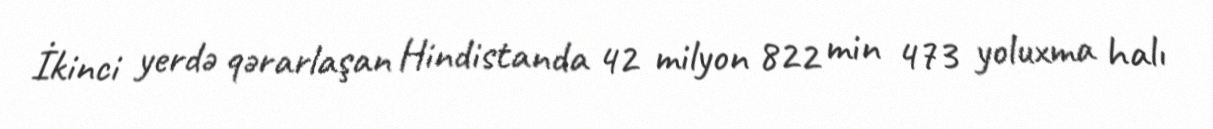
İkinci yerdə qərarlaşan Hindistanda 42 milyon 822 min 473 yoluxma halı